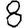
Digit: 8